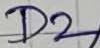
Text: D2